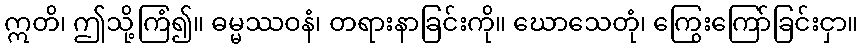
ဣတိ၊ ဤသို့ကြံ၍။ ဓမ္မဿဝနံ၊ တရားနာခြင်းကို။ ဃောသေတုံ၊ ကြွေးကြော်ခြင်းငှာ။